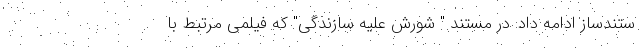
ستندساز ادامه داد: در مستند " شورش علیه سازندگی" که فیلمی مرتبط با